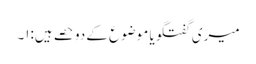
میری گفتگو یا موضوع کے دو حصے ہیں:۱۔